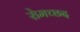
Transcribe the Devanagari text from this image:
रोमच्छद